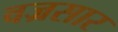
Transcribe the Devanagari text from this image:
वज्रसार